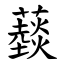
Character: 䕭